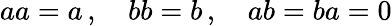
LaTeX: \textstyle aa=a\, ,\quad bb=b\, ,\quad ab=ba=0